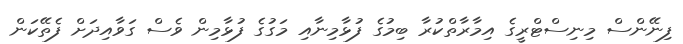
ފިނޭންސް މިނިސްޓްރީގެ އިމާރާތްކުރާ ބިމުގެ ފުޅާމިނާއި މަގުގެ ފުޅާމިން ވެސް ގަވާއިދަށް ފެތޭކަން